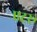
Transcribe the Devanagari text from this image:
एटरू